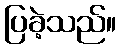
ပြခဲ့သည်။